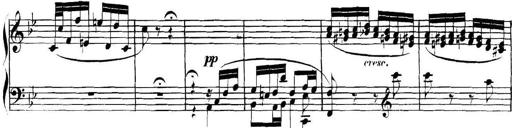
Title: Collected Piano Sonatas
Composer: Muzio Clementi